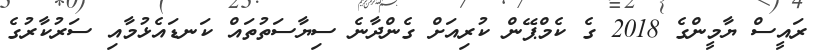
ރައީސް ޔާމީންގެ 2018 ގެ ކެމްޕޭން ކުރިއަށް ގެންދާނެ ސިޔާސަތުތައް ކަނޑައެޅުމާއި ސަރުކާރުގެ